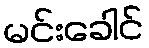
မင်းခေါင်